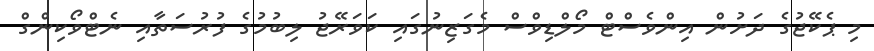
މި ޕެކޭޖުގެ ދަށުން އިންވެސްޓް މޯލްޑިވްސް މެގަޒިނުގައި ކަވަރޭޖު ލިބުމުގެ ފުރުސަތާއި ނެޓްވޯކިންގް